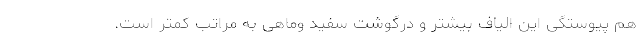
هم پیوستگی این الیاف بیشتر و درگوشت سفید وماهی به مراتب کمتر است.